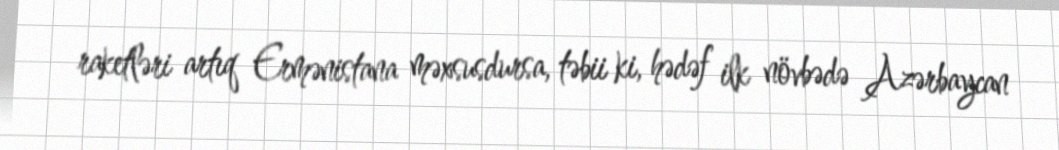
raketləri artıq Ermənistana məxsusdursa, təbii ki, hədəf ilk növbədə Azərbaycan